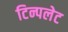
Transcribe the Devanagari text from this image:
टिन्पलेट